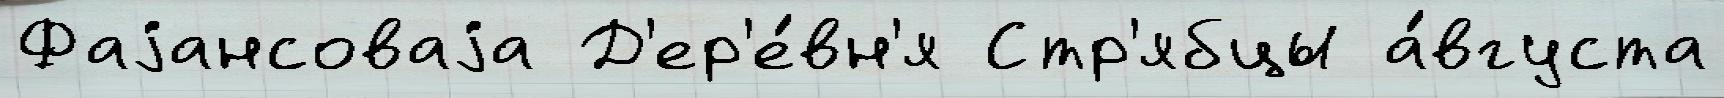
Фаjансоваjа Д'ер'е́вн'я Стр'ябцы а́вгуста